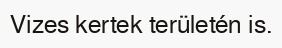
Vizes kertek területén is.